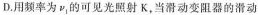
D.用频率为v_{1}的可见光照射K，当滑动变阻器的滑动